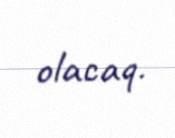
olacaq.